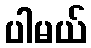
ပါမယ်